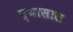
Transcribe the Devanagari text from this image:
व्यासास